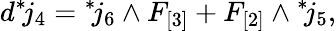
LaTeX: d{}^{*}\! j_{4}={}^{*}\! j_{6}\wedge F_{[3]}+F_{[2]}\wedge{}^{*}\! j_{5},